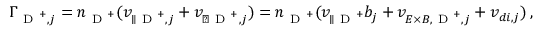
\Gamma _ { \mathrm { ~ D ~ } ^ { + } , j } = n _ { \mathrm { ~ D ~ } ^ { + } } ( v _ { \parallel \mathrm { ~ D ~ } ^ { + } , j } + v _ { \perp \mathrm { ~ D ~ } ^ { + } , j } ) = n _ { \mathrm { ~ D ~ } ^ { + } } ( v _ { \parallel \mathrm { ~ D ~ } ^ { + } } b _ { j } + v _ { E \times B , \mathrm { ~ D ~ } ^ { + } , j } + v _ { d i , j } ) \, ,